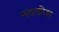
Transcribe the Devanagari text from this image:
नवकोश